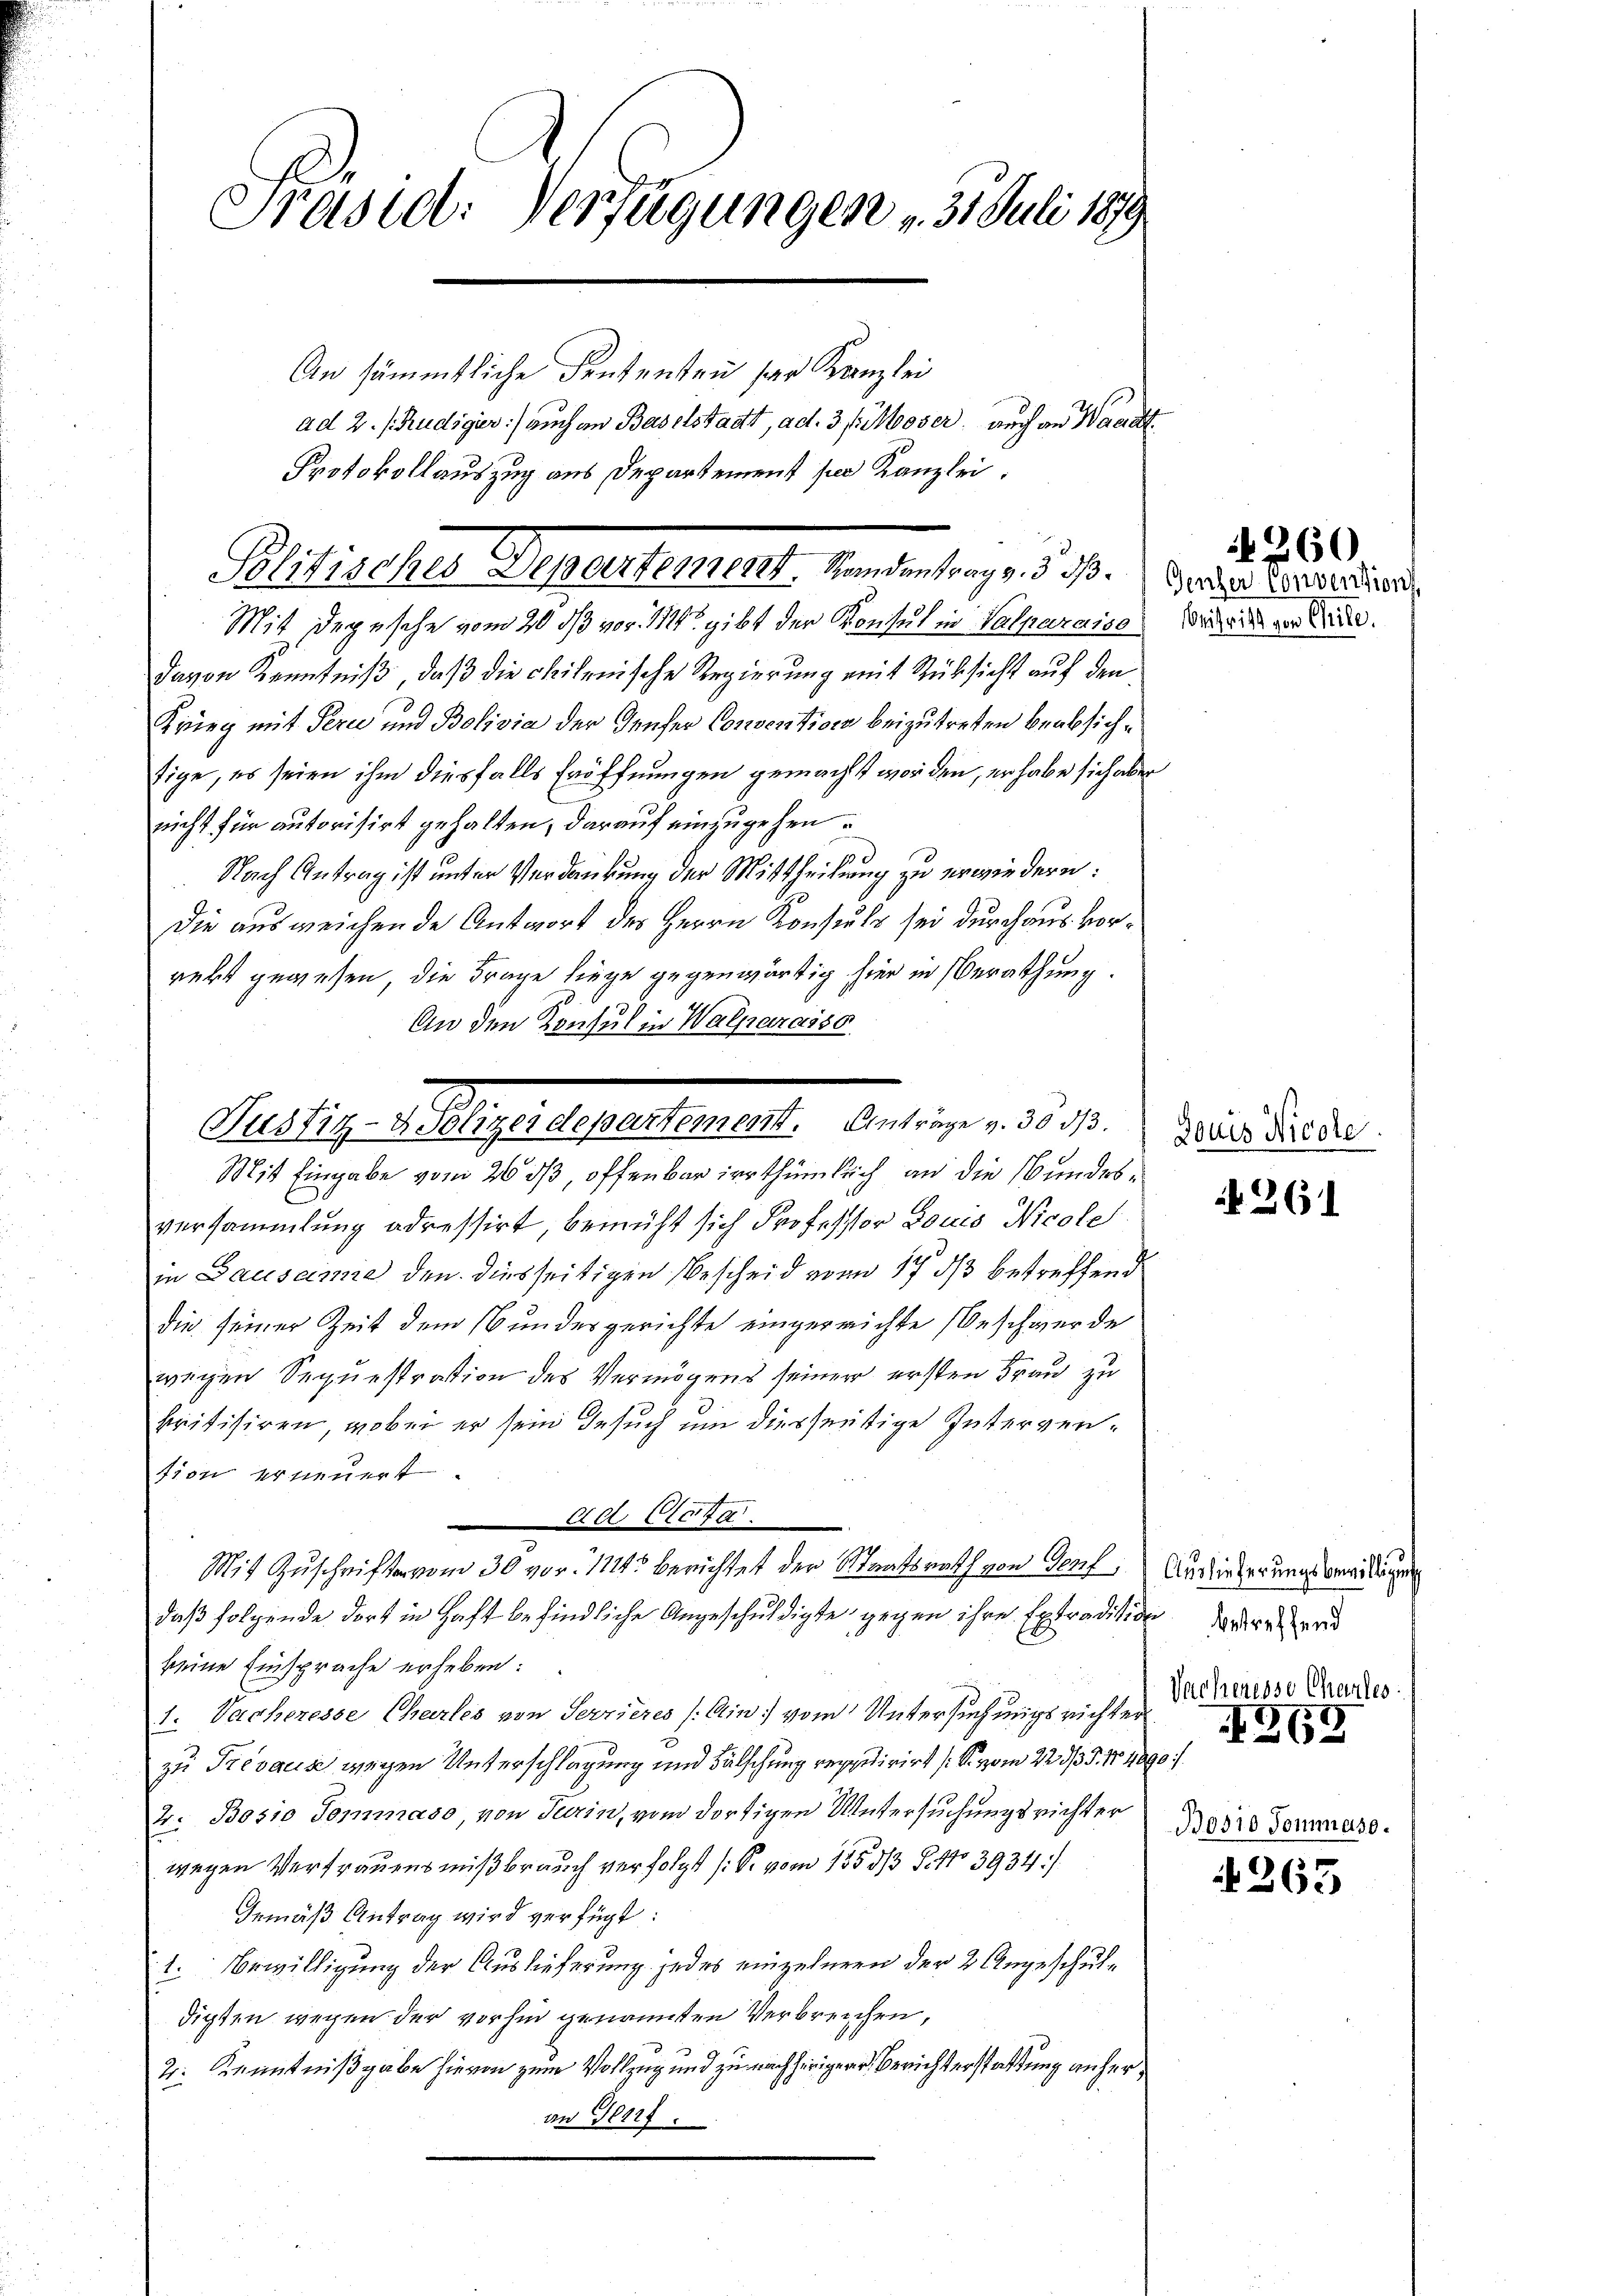
Präsidl: Verfügungen v. 31. Juli 1879

Plitischen Generkennen. Manden trag d. d. M. da der aus der der

An sämmtliche deutenten der Kanzlei
ad 2. /Rudiger) auch an Baselstadt, ad. 3 fr. Moser, auch an Waadt
Protokollauszug aus Departement per Kanzlei.

Mit Depesche vom 20. ds vor 11 gibt der Konsul in Valparaiso
davon Kenntniß, daß die chilenische Regierung mit Rücksicht auf den
Krieg mit Pern und Bolivia der Genfer Convention beizutreten beabsichtige, es seien ihm diesfalls Eröffnungen gemacht worden, er habe sich aber
nicht für autorisirt gehalten, darauf einzugehen.
Nach Antrag ist unter Verdankung der Mittheilung zu erwiedern:
Die ausweichende Antwort der Herrn Konsuls sei durchaus vorrebt gewesen, die Frage liege gegenwärtig hier in Berathung.
An den Konsul in Walparaiso
Mit Eingabe vom 26 dß, offenbar irrthümlich an die Bundesversammlung adressirt, bemüht sich Professor Louis Nicole
in Lausame den diesseitigen Bescheid vom 17. ds betreffend
die seiner Zeit dem Bundesgerichte eingereichte Beschwerde
wegen Sequestration des Vermögens seiner ersten Frau zu
kritisiren, wobei er sein Gesuch um diesseitige Intervertion erneuert.
Ad. Statte
Mit Zuschriften vom 30 vor. 1124 berichtet der Staatsrath von Genf, Ansiederungsbewillige
daß folgende dort in Haft befindliche Angeschuldigte gegen ihre Extradition derer
keine Einsprache erheben:
1: Sacheresse Chartes von Sovrieres /: Ain: vom Untersuchungsrichter
zu Trevacs wegen Unterschlagung und Fälschung requirirt (S. vom 229/35. No 1890.
2. Bosio Temmaso, von Turin, vom dortigen Untersuchungsrichter
wegen Vertrauensmißbrauch verfolgt (S. vom 1553/3 S. No 3934/
Gemäß Antrag wird verfügt:
1. Bewilligung der Auslieferung jedes einzelnen der 2 Angeschuldigten wegen der vorhin genannten Verbreichen,
2: Kenntnißgabe hievon zum Vollzug und zu nachheriger Berichterstattung anheran Genf.

Als ist. Sollegensteuert er alte Centire d. d.

Beitritt von Chile.

260

Douis Nicole.

261

Vacheresse Charles
269
Bosi0 Tommaso.

4265